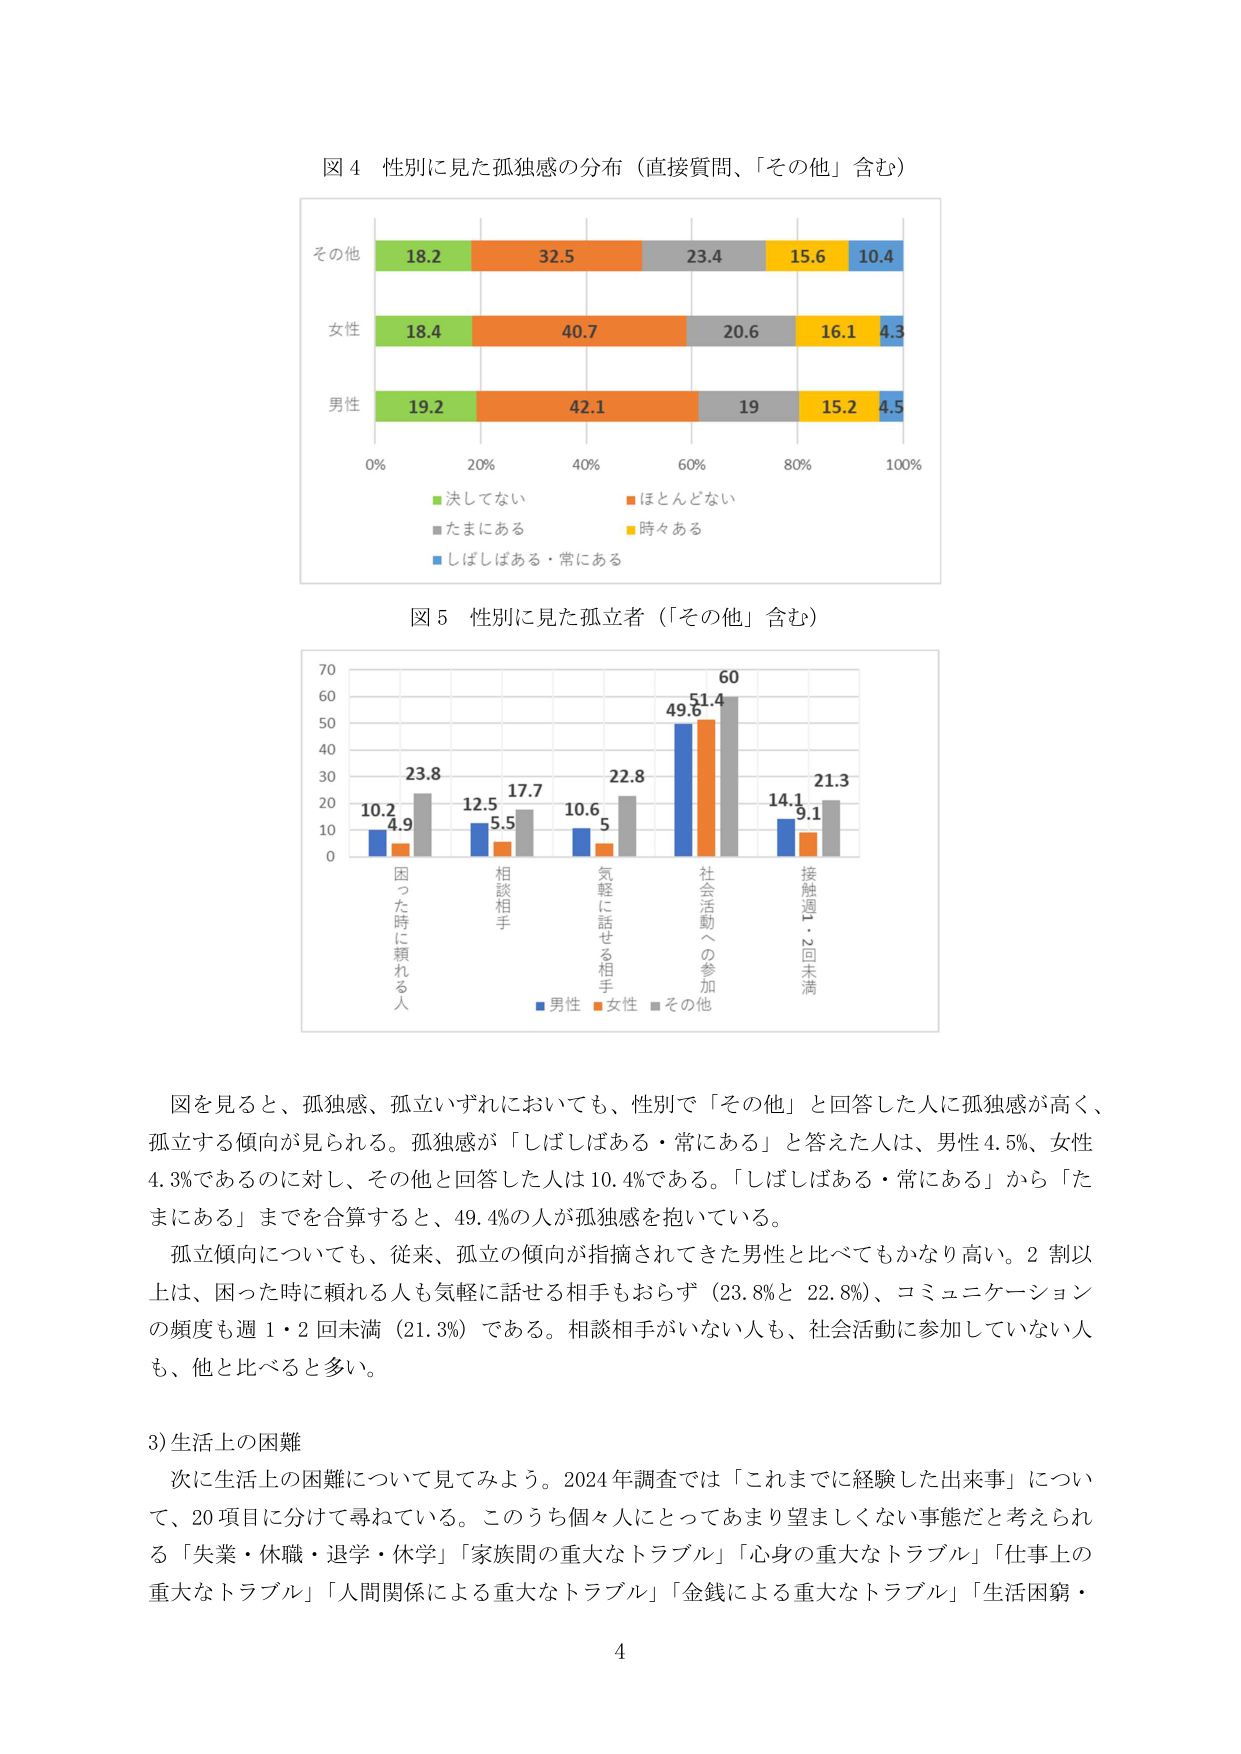
図４ 性別に見た孤独感の分布（直接質問、「その他」含む）

その他 18.2 32.5 23.4 15.6 10.4
女性 18.4 40.7 20.6 16.1 4.3
男性 19.2 42.1 19 15.2 4.5

0% 20% 40% 60% 80% 100%
■決してない ■ほとんどない
■たまにある ■時々ある
■しばしばある・常にある

図５ 性別に見た孤立者（「その他」含む）

70
60
50
40
30
20
10
0

10.2 23.8
4.9
12.5 17.7
5.5
10.6 22.8
5
49.6 51.4 60
14.1 21.3
9.1

困った時に頼れる人
相談相手
気軽に話せる相手
社会活動への参加
接触週1・2回未満

■男性 ■女性 ■その他

図を見ると、孤独感、孤立いずれにおいても、性別で「その他」と回答した人に孤独感が高く、
孤立する傾向が見られる。孤独感が「しばしばある・常にある」と答えた人は、男性4.5%、女性
4.3%であるのに対し、その他と回答した人は10.4%である。「しばしばある・常にある」から「た
まにある」までを合算すると、49.4%の人が孤独感を抱いている。

孤立傾向についても、従来、孤立の傾向が指摘されてきた男性と比べてもかなり高い。2割以
上は、困った時に頼れる人も気軽に話せる相手もおらず（23.8%と22.8%）、コミュニケーション
の頻度も週1・2回未満（21.3%）である。相談相手がいない人も、社会活動に参加していない人
も、他と比べると多い。

3)生活上の困難

次に生活上の困難について見てみよう。2024年調査では「これまでに経験した出来事」につい
て、20項目に分けて尋ねている。このうち個人にとってあまり望ましくない事態だと考えられ
る「失業・休職・退学・休学」「家族間の重大なトラブル」「心身の重大なトラブル」「仕事上の
重大なトラブル」「人間関係による重大なトラブル」「金銭による重大なトラブル」「生活困窮・

4